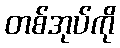
တစ်အုပ်ကို